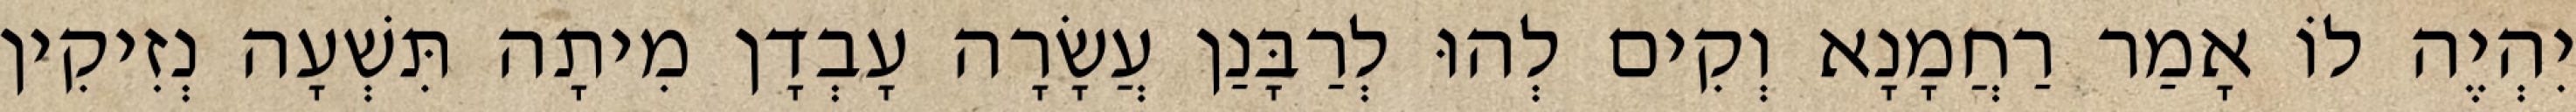
יִהְיֶה לוֹ אָמַר רַחֲמָנָא וְקִים לְהוּ לְרַבָּנַן עֲשָׂרָה עָבְדָן מִיתָה תִּשְׁעָה נְזִיקִין